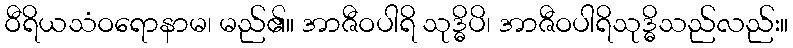
ဝီရိယသံဝရောနာမ၊ မည်၏။ အာဇီဝပါရိ သုဒ္ဓိပိ၊ အာဇီဝပါရိသုဒ္ဓိသည်လည်း။